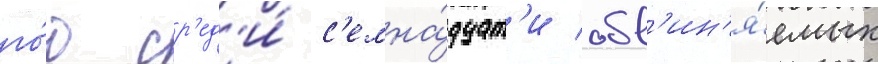
го́д ср'ед'и́ с'емна́дцат'и обв'ин'я́емых